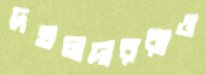
দখলদাররাও